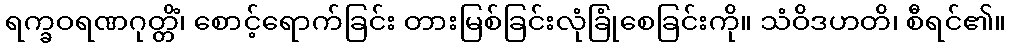
ရက္ခဝရဏဂုတ္တိံ၊ စောင့်ရောက်ခြင်း တားမြစ်ခြင်းလုံခြုံစေခြင်းကို။ သံဝိဒဟတိ၊ စီရင်၏။